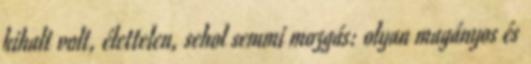
kihalt volt, élettelen, sehol semmi mozgás: olyan magányos és